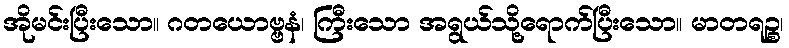
အိုမင်းပြီးသော။ ဂတယောဗ္ဗနံ၊ ကြီးသော အရွယ်သို့ရောက်ပြီးသော။ မာတရဉ္စ၊